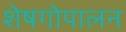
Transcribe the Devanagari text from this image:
शेषगोपालन